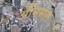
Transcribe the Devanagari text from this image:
ॲनिमल